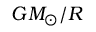
G M _ { \odot } / R